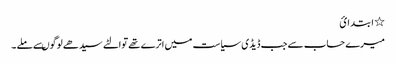
٭ ا بتد ا ئ
میرے حساب سے جب ڈیڈی سیاست میں اترے تھے توالٹے سیدھے لوگوںسے ملے ۔